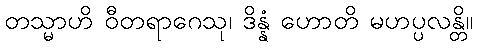
တသ္မာဟိ ဝီတရာဂေသု၊ ဒိန္နံ ဟောတိ မဟပ္ပလန္တိ။